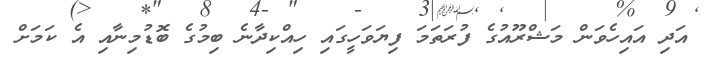
އަދި އައިހެވަން މަޝްރޫއުގެ ފުރަތަމަ ފިޔަވަހީގައި ހިއްކިދާނެ ބިމުގެ ބޮޑުމިނާއި އެ ކަމަށް